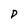
Character: p